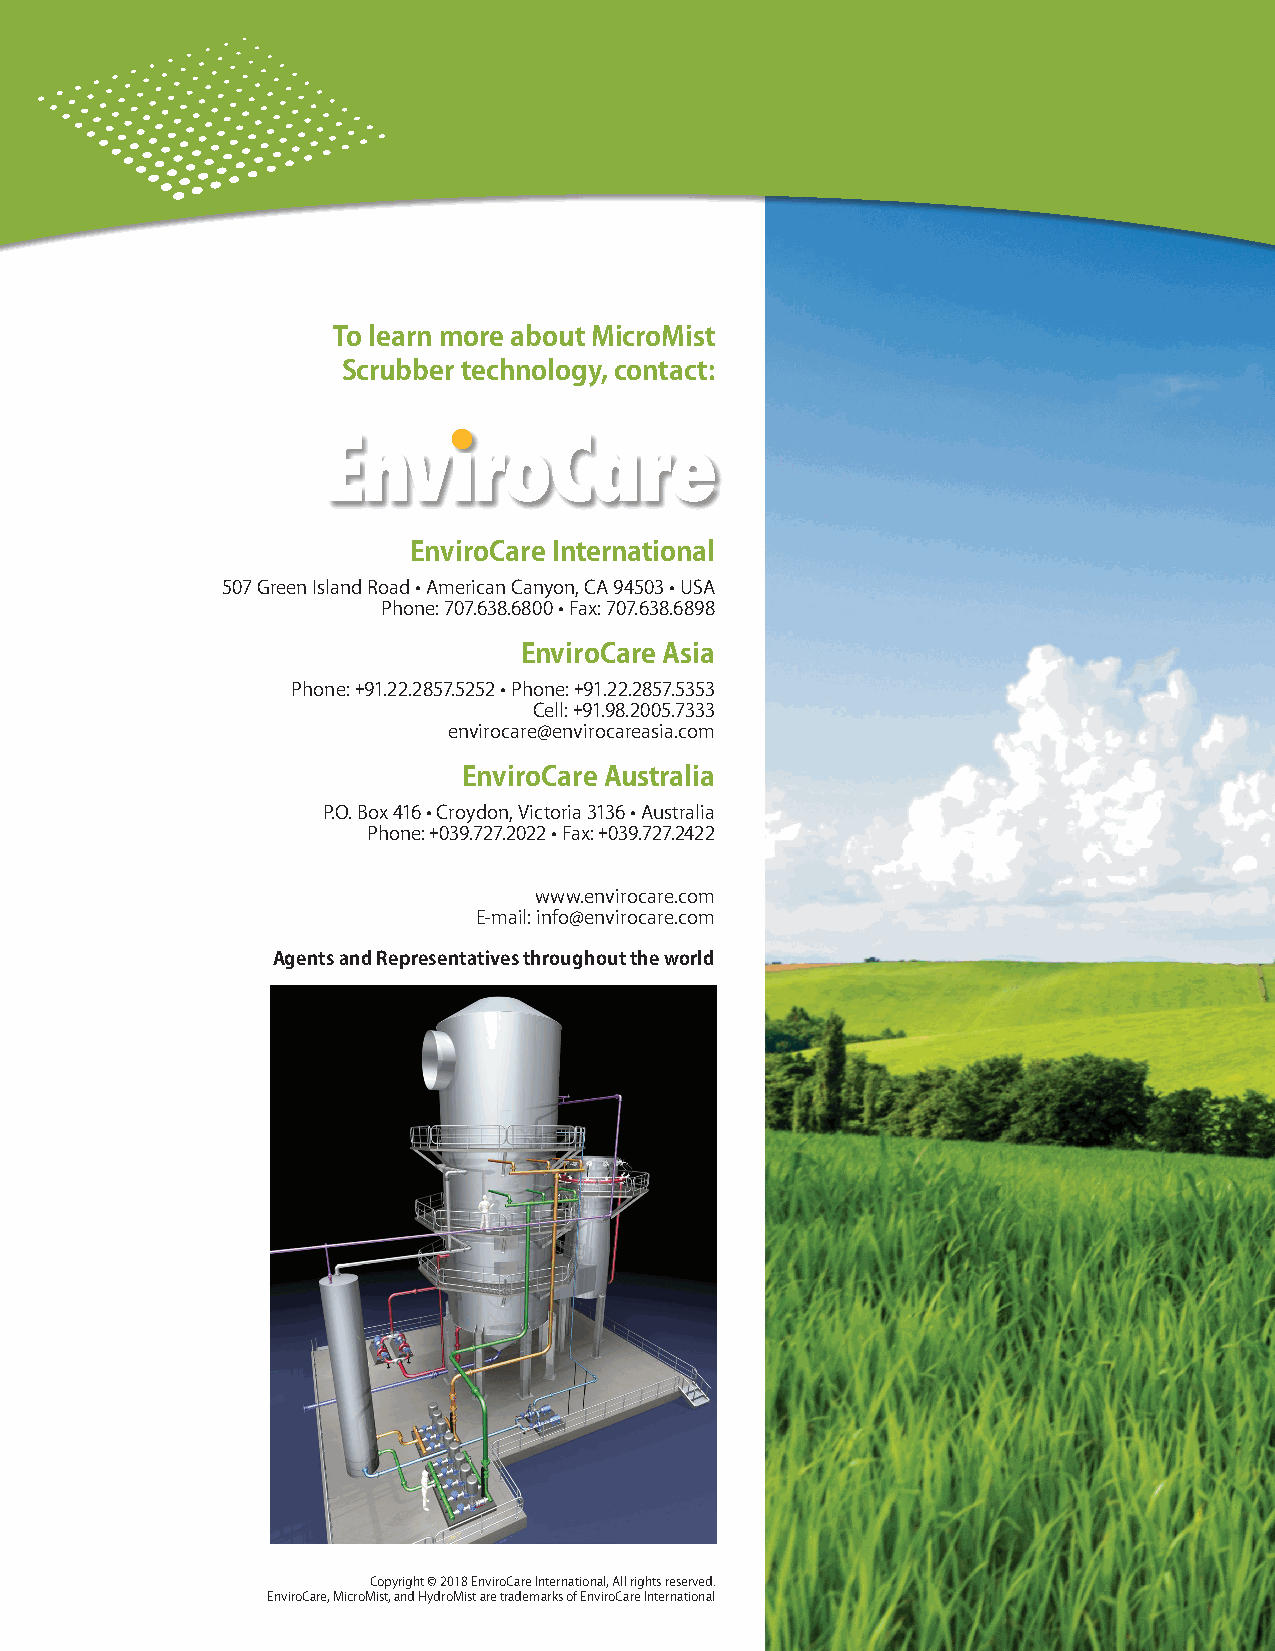
To learn more about MicroMist
 Scrubber technology, contact:
 EnviroCare International
 507 Green Island Road • American Canyon, CA 94503 • USA
 Phone: 707.638.6800 • Fax: 707.638.6898
 EnviroCare Asia
 Phone: +91.22.2857.5252 • Phone: +91.22.2857.5353
 Cell: +91.98.2005.7333
 envirocare@envirocareasia.com
 EnviroCare Australia
 P.O. Box 416 • Croydon, Victoria 3136 • Australia
 Phone: +039.727.2022 • Fax: +039.727.2422
 www.envirocare.com
 E-mail: info@envirocare.com
 Agents and Representatives throughout the world
 Copyright © 2018 EnviroCare International, All rights reserved.
 EnviroCare, MicroMist, and HydroMist are trademarks of EnviroCare International